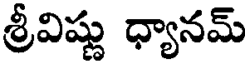
శ్రీవిష్ణు ధ్యానమ్